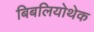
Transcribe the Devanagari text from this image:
बिबलियोथेक